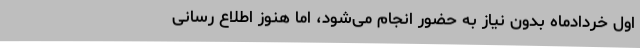
اول خردادماه بدون نیاز به حضور انجام می‌شود، اما هنوز اطلاع رسانی